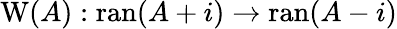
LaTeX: \operatorname{W}(A):\operatorname{ran}(A+i)\to\operatorname{ran}(A-i)